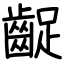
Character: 齪